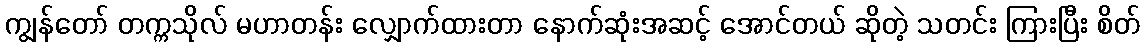
ကျွန်တော် တက္ကသိုလ် မဟာတန်း လျှောက်ထားတာ နောက်ဆုံးအဆင့် အောင်တယ် ဆိုတဲ့ သတင်း ကြားပြီး စိတ်